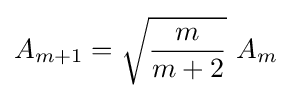
A_{m+1}={\sqrt {\frac {m}{m+2}}}\ A_{m}